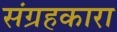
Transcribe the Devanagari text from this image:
संग्रहकारा